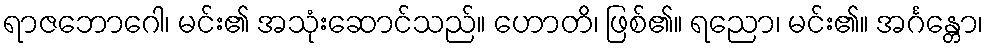
ရာဇဘောဂေါ၊ မင်း၏ အသုံးဆောင်သည်။ ဟောတိ၊ ဖြစ်၏။ ရညော၊ မင်း၏။ အင်္ဂန္တော၊